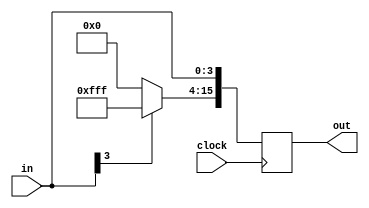
module Sign_Extender(out,in,clock);
	input [3:0] in;
	output [15:0] out;
	input clock;
	reg [15:0] temp;
	always @(posedge clock)
		begin
			temp[3:0]=in[3:0];
			
			if(in[3]==1'b0)
				begin
					temp[15:4] = 12'b000000000000;
				end
			else if(in[3]==1'b1)
				begin
					temp[15:4]=12'b111111111111;
				end
		end
	assign out=temp;
endmodule

module Test_Sign_Extender;
	reg [3:0] in;
	wire [15:0] out;
	reg clock;
	
	initial 
		clock=1'b0;
		
	always
		#5 clock=~clock;
	
	initial
		#1000 $finish;
		
	Sign_Extender s1(out,in,clock);
	
	initial
		begin
			#5 in = 4'b1010;
			#15 $display("%b",out);
			
			#5 in = 4'b0110;
			#15 $display("%b",out);
		end
endmodule